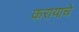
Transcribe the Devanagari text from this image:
करायाचे